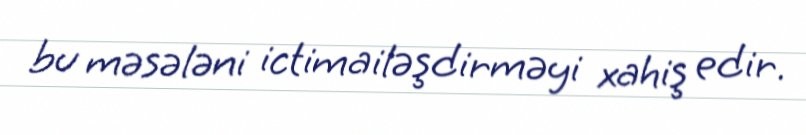
bu məsələni ictimailəşdirməyi xahiş edir.